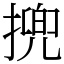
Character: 㨮